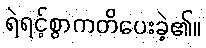
ရဲရင့်စွာကတိပေးခဲ့၏။